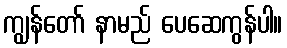
ကျွန်တော် နာမည် ပေဆေကွန်ပါ။